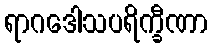
ရာဂဒေါသပရိက္ခီဏာ